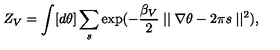
Z _ { V } = \int [ d \theta ] \sum _ { s } \exp ( - \frac { { \beta } _ { V } } { 2 } \mid \mid \nabla \theta - 2 \pi s \mid \mid ^ { 2 } ) ,